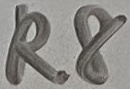
Text: R8